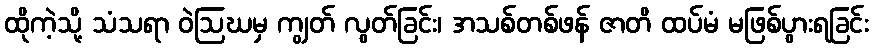
ထိုကဲ့သို့ သံသရာ ဝဲဩဃမှ ကျွတ် လွတ်ခြင်း၊ အသစ်တစ်ဖန် ဇာတိ ထပ်မံ မဖြစ်ပွားရခြင်း